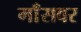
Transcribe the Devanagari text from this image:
माँसवर